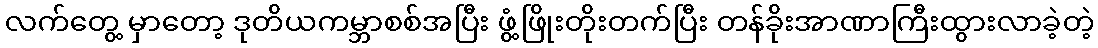
လက်တွေ့ မှာတော့ ဒုတိယကမ္ဘာစစ်အပြီး ဖွံ့ဖြိုးတိုးတက်ပြီး တန်ခိုးအာဏာကြီးထွားလာခဲ့တဲ့